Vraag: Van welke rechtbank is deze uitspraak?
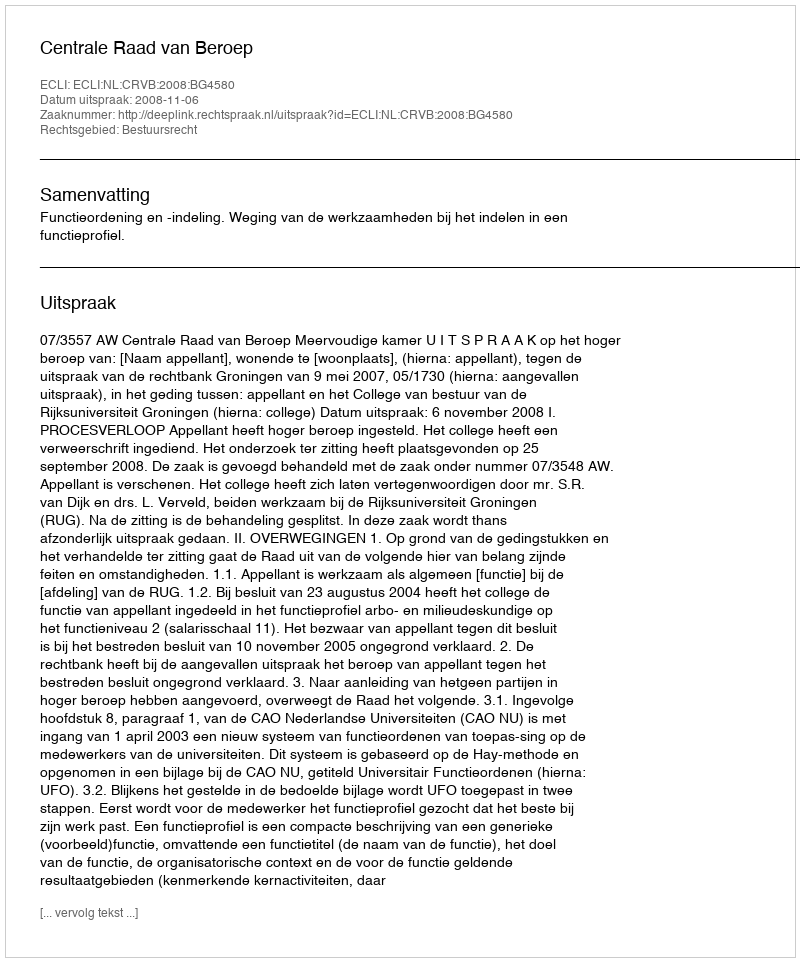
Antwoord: Centrale Raad van Beroep